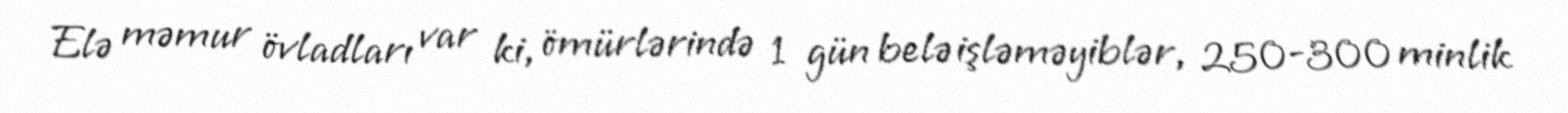
Elə məmur övladları var ki, ömürlərində 1 gün belə işləməyiblər, 250-300 minlik